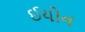
ઈયોન